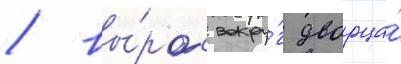
/ вы́рос вокру́г дворца́